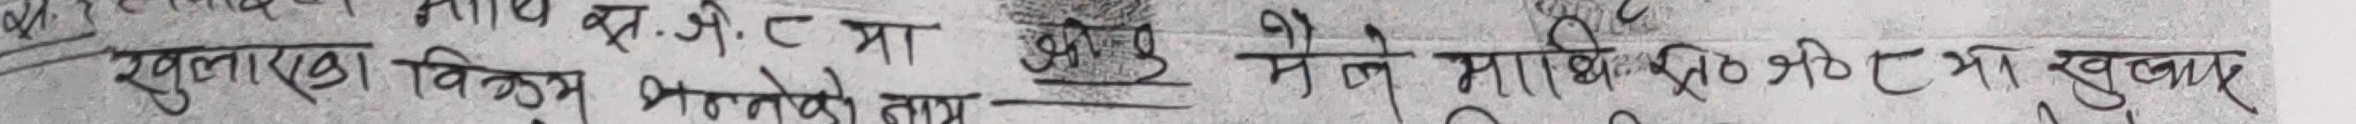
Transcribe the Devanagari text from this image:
खुलाएको। विक्रम भननेको नाम मै ले माथि सिढीको तल खुलवार